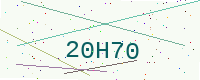
Text: 20H70